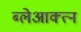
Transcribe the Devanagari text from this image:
ब्लेआक्त्न